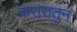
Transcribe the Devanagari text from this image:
करारातुन